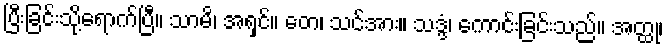
ပြီးခြင်းသို့ရောက်ပြီ။ သာမိ၊ အရှင်။ တေ၊ သင်အား။ သဒ္ဒံ၊ ကောင်းခြင်းသည်။ အတ္ထု၊